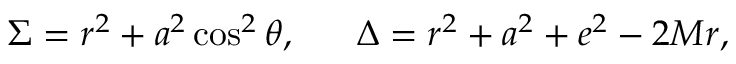
\Sigma = r ^ { 2 } + a ^ { 2 } \cos ^ { 2 } \theta , ~ ~ ~ ~ ~ \Delta = r ^ { 2 } + a ^ { 2 } + e ^ { 2 } - 2 M r ,